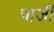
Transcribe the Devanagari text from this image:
पार्जी